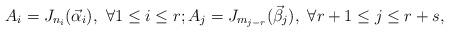
LaTeX: \begin{align*}A_i=J_{n_i}(\vec{\alpha}_i),\,\, \forall 1\leq i\leq r;A_j= J_{m_{j-r}}(\vec{\beta}_j), \,\,\forall r+1\leq j\leq r+s,\end{align*}